342_HS1-416511228_319.1 Flying Discs 1949
Agency: Department of War
Incident date: 1/9/50
Page 38
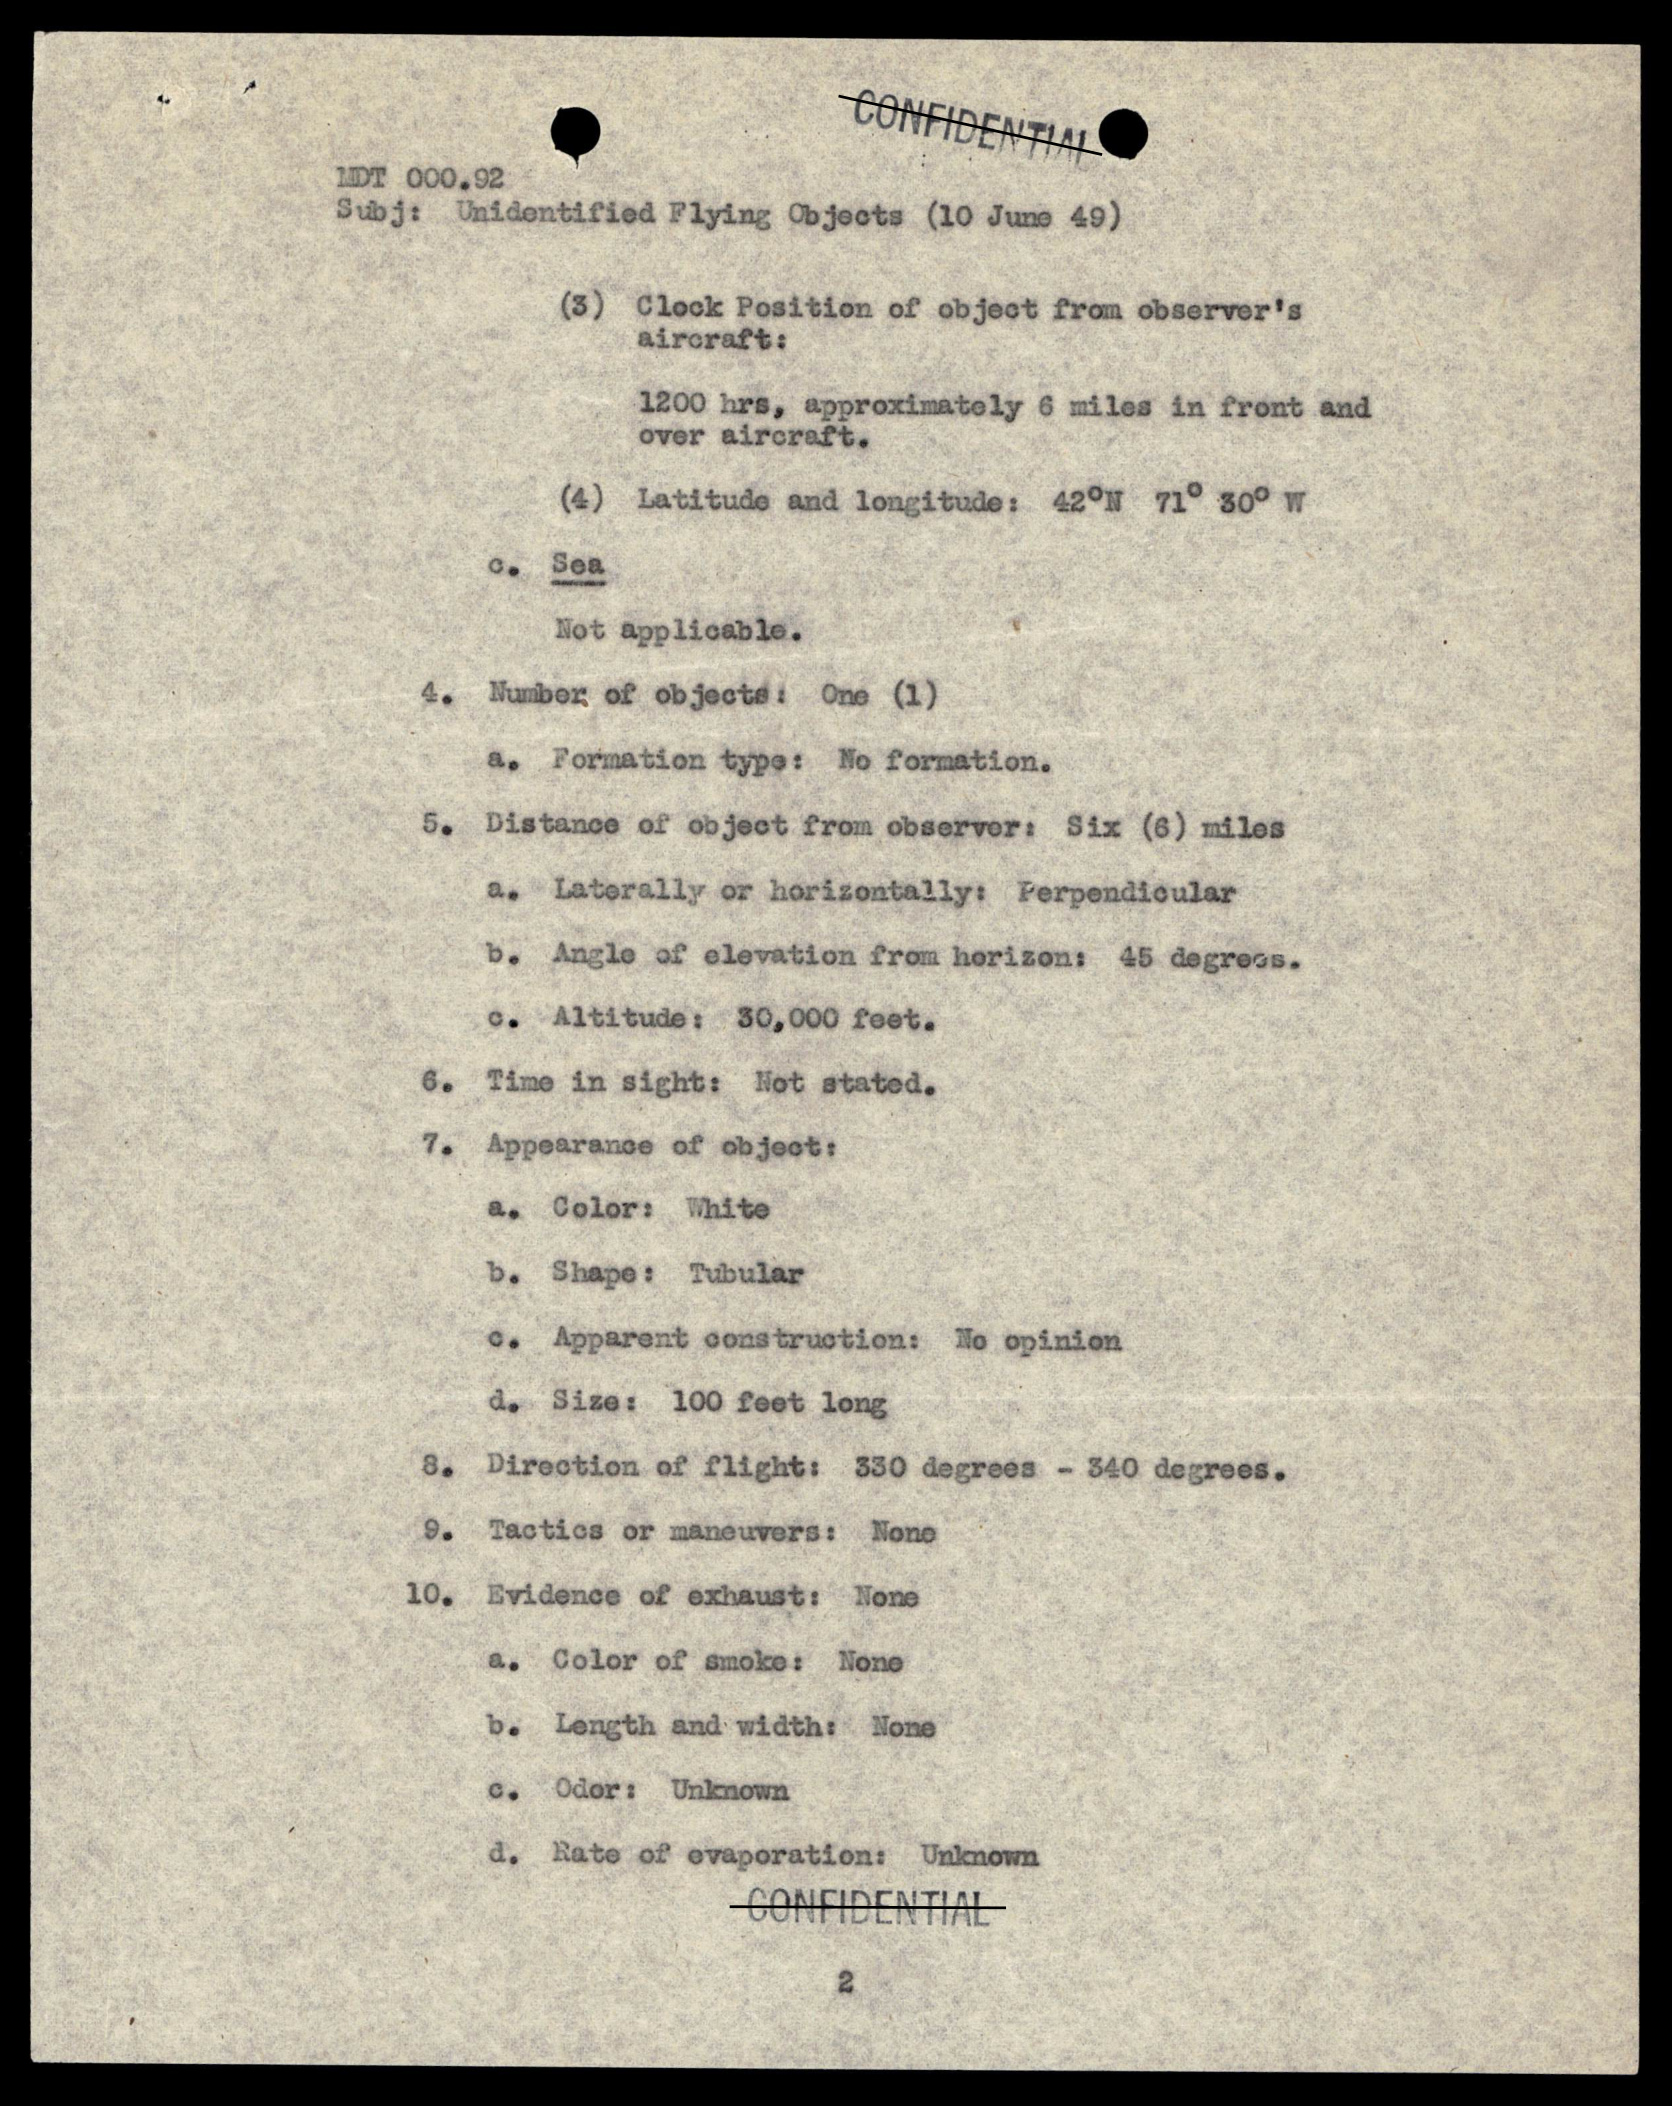